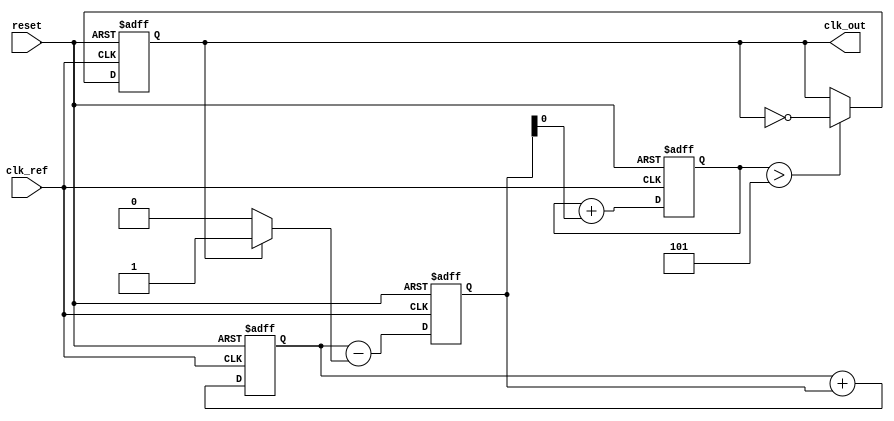
module pll_memory_blocks (
    input wire clk_ref,        // Reference clock input
    input wire reset,          // Asynchronous reset
    output reg clk_out         // Output clock signal
);

// Parameters for tuning the VCO and filter characteristics
parameter integer PHASE_WIDTH = 8; // Phase information width
parameter integer DELAY_COUNT = 10; // Delay for stabilization

// Internal signals
reg [PHASE_WIDTH-1:0] phase_error;  // Phase error signal
reg [PHASE_WIDTH-1:0] phase_memory;  // Memory for storing phase information
reg vco_control_voltage;              // Control voltage for VCO
reg [3:0] counter;                    // Counter for frequency division
reg clk_div;                          // Divided clock signal

// Phase Detector
always @(posedge clk_ref or posedge reset) begin
    if (reset) begin
        phase_error <= 0;
    end else begin
        // Here we would implement phase comparison logic
        // This is a simple representation of a phase detector
        // A real implementation would be more complex
        phase_error <= phase_memory - (clk_out ? 1 : 0);
    end
end

// Loop Filter (Simple first-order filter example)
always @(posedge clk_ref or posedge reset) begin
    if (reset) begin
        vco_control_voltage <= 0;
    end else begin
        // Update control voltage based on phase error
        vco_control_voltage <= vco_control_voltage + phase_error[PHASE_WIDTH-1:0];
        // Possibly implement RC filter characteristics here
    end
end

// Voltage-Controlled Oscillator (VCO)
always @(posedge clk_ref or posedge reset) begin
    if (reset) begin
        clk_out <= 0;
    end else begin
        // A simple representation of VCO behavior
        // Actual VCO implementation would depend on control voltage
        if (vco_control_voltage > 5) begin
            clk_out <= ~clk_out; // Toggle clock output based on control voltage
        end
    end
end

// Memory Block (for storing phase information)
always @(posedge clk_ref or posedge reset) begin
    if (reset) begin
        phase_memory <= 0;
    end else begin
        // Store phase error into memory with some logic for retaining history
        phase_memory <= phase_memory + phase_error[PHASE_WIDTH-1:0];
    end
end

// Optional: Frequency Divider
always @(posedge clk_out or posedge reset) begin
    if (reset) begin
        counter <= 0;
        clk_div <= 0;
    end else begin
        if (counter == DELAY_COUNT) begin
            clk_div <= ~clk_div;
            counter <= 0;
        end else begin
            counter <= counter + 1;
        end
    end
end

endmodule